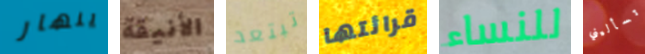
ينهار الأنيقة تبتعد قرائتها للنساء تسأليني